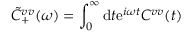
\Tilde { C } _ { + } ^ { v v } ( \omega ) = \int _ { 0 } ^ { \infty } \mathrm { d } t \mathrm { e } ^ { i \omega t } C ^ { v v } ( t )